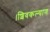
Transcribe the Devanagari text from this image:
।शिवकल्याण